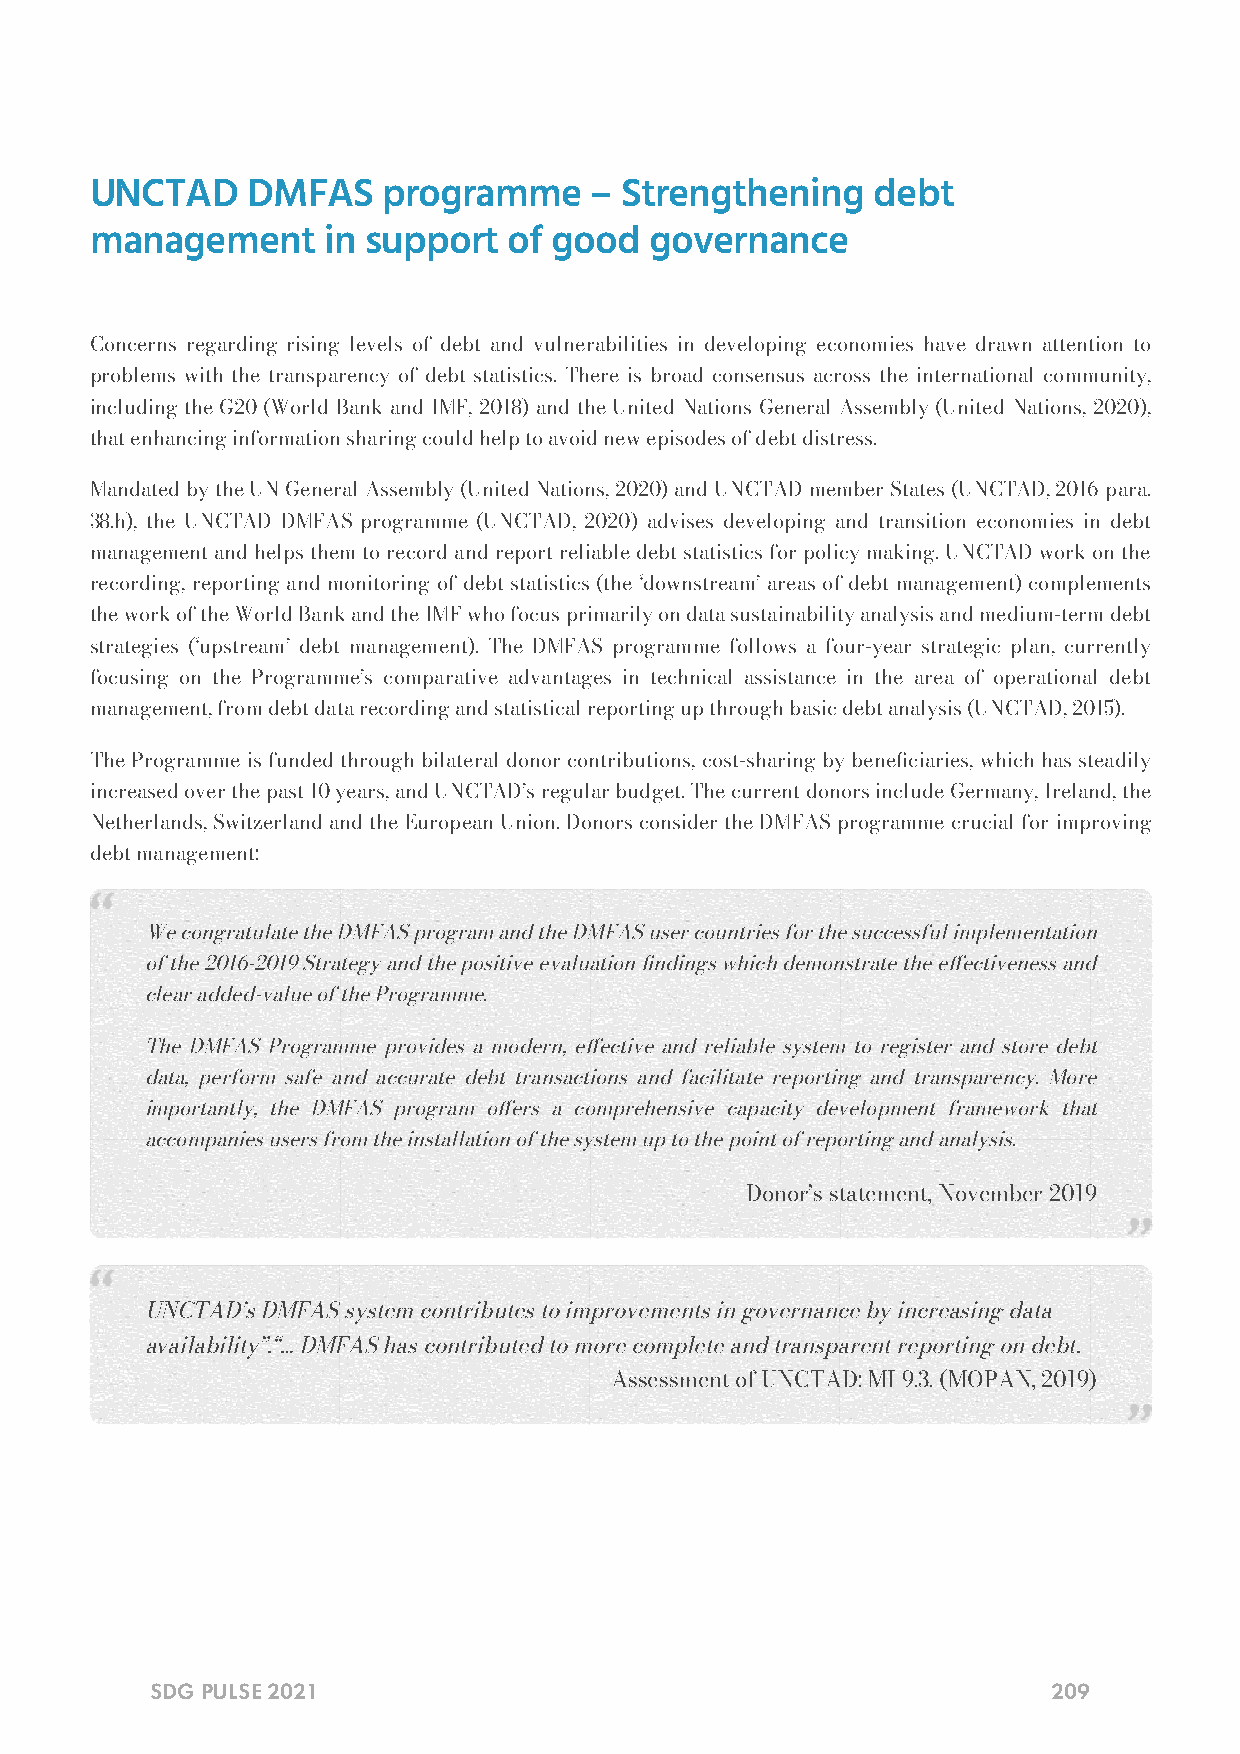
UNCTAD    DMFAS    programme     – Strengthening    debt
 management     in support   of good  governance
 Concerns regarding rising levels of debt and vulnerabilities in developing economies have drawn attention to
 problems with the transparency of debt statistics. There is broad consensus across the international community,
 including the G20 (World Bank and IMF, 2018) and the United Nations General Assembly (United Nations, 2020),
 that enhancing information sharing could help to avoid new episodes of debt distress.
 Mandated by the UN General Assembly (United Nations, 2020) and UNCTAD member States (UNCTAD, 2016 para.
 38.h), the UNCTAD DMFAS programme (UNCTAD, 2020) advises developing and transition economies in debt
 management and helps them to record and report reliable debt statistics for policy making. UNCTAD work on the
 recording, reporting and monitoring of debt statistics (the ‘downstream’ areas of debt management) complements
 the work of the World Bank and the IMF who focus primarily on data sustainability analysis and medium-term debt
 strategies (‘upstream’ debt management). The DMFAS programme follows a four-year strategic plan, currently
 focusing on the Programme’s comparative advantages in technical assistance in the area of operational debt
 management, from debt data recording and statistical reporting up through basic debt analysis (UNCTAD, 2015).
 The Programme is funded through bilateral donor contributions, cost-sharing by beneciaries, which has steadily
 increased over the past 10 years, and UNCTAD’s regular budget. The current donors include Germany, Ireland, the
 Netherlands, Switzerland and the European Union. Donors consider the DMFAS programme crucial for improving
 debt management:
 We congratulate the DMFAS program and the DMFAS user countries for the successful implementation
 of the 2016-2019 Strategy and the positive evaluation ndings which demonstrate the eectiveness and
 clear added-value of the Programme.
 The DMFAS Programme provides a modern, eective and reliable system to register and store debt
 data, perform safe and accurate debt transactions and facilitate reporting and transparency. More
 importantly, the DMFAS program oers a comprehensive capacity development framework that
 accompanies users from the installation of the system up to the point of reporting and analysis.
 — Donor’s statement, November 2019
 UNCTAD’s DMFAS system contributes to improvements in governance by increasing data
 availability”.“… DMFAS has contributed to more complete and transparent reporting on debt.
 — Assessment of UNCTAD: MI 9.3. (MOPAN, 2019)
 SDG PULSE 2021                                              209